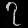
Digit: ၇